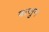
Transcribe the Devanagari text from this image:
बाजुन